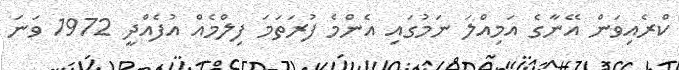
ކްރެއިވަން އޭނާގެ އަމިއްލަ ނަމުގައި އެންމެ ފުރަތަމަ ފިލްމެއް އުފެއްދީ 1972 ވަނަ